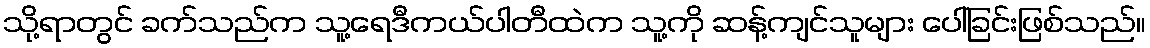
သို့ရာတွင် ခက်သည်က သူ့ရေဒီကယ်ပါတီထဲက သူ့ကို ဆန့်ကျင်သူများ ပေါ်ခြင်းဖြစ်သည်။